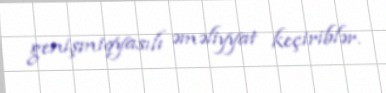
genişmiqyasılı əməliyyat keçiriblər.